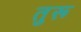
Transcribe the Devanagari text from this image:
तुरू